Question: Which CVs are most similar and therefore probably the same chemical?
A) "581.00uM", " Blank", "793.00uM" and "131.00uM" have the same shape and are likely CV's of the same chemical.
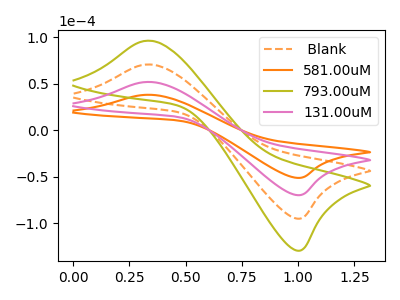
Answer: <think>The orange dashed curve " Blank" has an anodic peak at (0.35V, 103.70uA) and a cathodic peak at (1.00V, -139.40uA). The orange curve "581.00uM" has an anodic peak at (0.35V, 38.05uA) and a cathodic peak at (1.00V, -51.15uA). The olive curve "793.00uM" has an anodic peak at (0.35V, 155.50uA) and a cathodic peak at (1.00V, -209.10uA). The pink curve "131.00uM" has an anodic peak at (0.35V, 51.85uA) and a cathodic peak at (1.00V, -69.70uA).
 All the peaks in " Blank" have a peak in "581.00uM" at the same potential. Every peak in " Blank" is higher than every peak in "581.00uM". All the peaks in " Blank" have a peak in "793.00uM" at the same potential. Every peak in " Blank" is lower than every peak in "793.00uM". All the peaks in " Blank" have a peak in "131.00uM" at the same potential. Every peak in " Blank" is higher than every peak in "131.00uM". All the peaks in "581.00uM" have a peak in "793.00uM" at the same potential. Every peak in "581.00uM" is lower than every peak in "793.00uM". All the peaks in "581.00uM" have a peak in "131.00uM" at the same potential. Every peak in "581.00uM" is lower than every peak in "131.00uM". All the peaks in "793.00uM" have a peak in "131.00uM" at the same potential. Every peak in "793.00uM" is higher than every peak in "131.00uM".</think>
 <answer>A) "581.00uM", " Blank", "793.00uM" and "131.00uM" have the same shape and are likely CV's of the same chemical.</answer>
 <eval>A</eval>